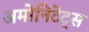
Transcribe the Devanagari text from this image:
अमोनिटेट्स